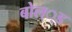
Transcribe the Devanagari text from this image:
बोल््ड